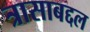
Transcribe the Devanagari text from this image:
त्रासाबद्दल